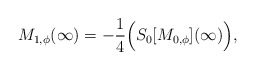
\begin{align*}M_{1,\phi}(\infty) = - \frac{1}{4} \Big(S_{0}[M_{0,\phi}](\infty)\Big),\end{align*}